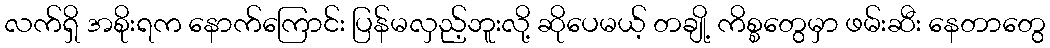
လက်ရှိ အစိုးရက နောက်ကြောင်း ပြန်မလှည့်ဘူးလို့ ဆိုပေမယ့် တချို့ ကိစ္စတွေမှာ ဖမ်းဆီး နေတာတွေ